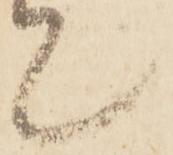
て